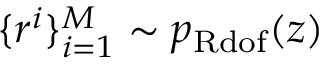
\{ r ^ { i } \} _ { i = 1 } ^ { M } \sim p _ { \mathrm { R d o f } } ( z )